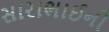
સારાભાઈનો